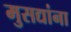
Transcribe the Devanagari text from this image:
मुसद्यांना